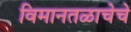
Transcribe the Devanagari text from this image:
विमानतळाचेचे